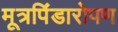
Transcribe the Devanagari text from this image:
मूत्रपिंडारोपण